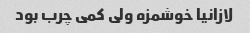
لازانیا خوشمزه ولی کمی چرب بود